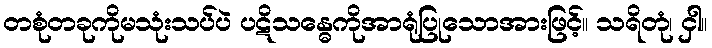
တစုံတခုကိုမသုံးသပ်ပဲ ပဋိသန္ဓေကိုအာရုံပြုသောအားဖြင့်။ သရိတုံ၊ ငှါ။